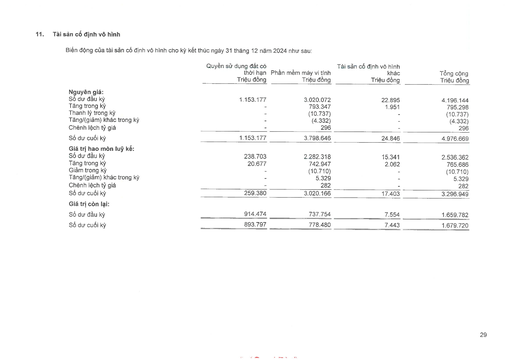
||Quyền sử dụng đất có thời hạn Triệu đồng|Phần mềm máy vi tính Triệu đồng|Tài sản cố định vô hình khác Triệu đồng|Tổng cộng Triệu đồng| |---|---|---|---|---| |Nguyên giá:||||| |Số dư đầu kỳ|1.153.177|3.020.072|22.895|4.196.144| |Tăng trong kỳ|-|793.347|1.951|795.298| |Thanh lý trong kỳ|-|(10.737)|-|(10.737)| |Tăng/(giảm) khác trong kỳ|-|(4.332)|-|(4.332)| |Chênh lệch tỷ giá|-|296|-|296| |Số dư cuối kỳ|1.153.177|3.798.646|24.846|4.976.669| |Giá trị hao mòn lũy kế:||||| |Số dư đầu kỳ|238.703|2.282.318|15.341|2.536.362| |Tăng trong kỳ|20.677|742.947|2.062|765.686| |Giảm trong kỳ|-|(10.710)|-|(10.710)| |Tăng/(giảm) khác trong kỳ|-|5.329|-|5.329| |Chênh lệch tỷ giá|-|282|-|282| |Số dư cuối kỳ|259.380|3.020.166|17.403|3.296.949| |Giá trị còn lại:||||| |Số dư đầu kỳ|914.474|737.754|7.554|1.659.782| |Số dư cuối kỳ|893.797|778.480|7.443|1.679.720|